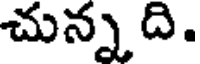
చున్న ది.